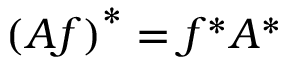
\left( A f \right) ^ { * } = f ^ { * } A ^ { * }